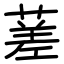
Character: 蒫